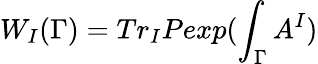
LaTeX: W_{I}(\Gamma)=Tr_{I}Pexp(\int_{\Gamma}A^{I})